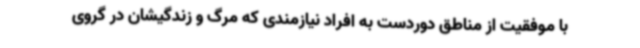
با موفقیت از مناطق دوردست به افراد نیازمندی که مرگ و زندگیشان در گروی